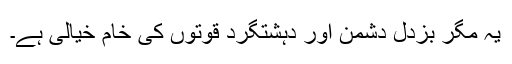
یہ مگر بزدل دشمن اور دہشتگرد قوتوں کی خام خیالی ہے۔